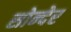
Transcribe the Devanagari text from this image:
सोन्देर